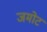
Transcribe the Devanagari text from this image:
जमोट